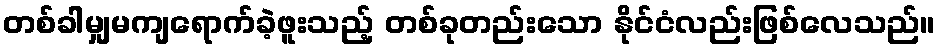
တစ်ခါမျှမကျရောက်ခဲ့ဖူးသည့် တစ်ခုတည်းသော နိုင်ငံလည်းဖြစ်လေသည်။